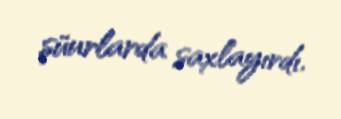
şüurlarda saxlayırdı.